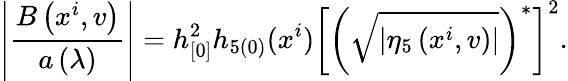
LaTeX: \left|\frac{B\left(x^{i},v\right)}{a\left(\lambda\right)}\right|=h_{[0]}^{2}h_{5(0)}(x^{i})\left[\left(\sqrt{|\eta_{5}\left(x^{i},v\right)|}\right)^{\ast}\right]^{2}.